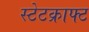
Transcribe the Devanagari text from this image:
स्टेटक्राफ्ट